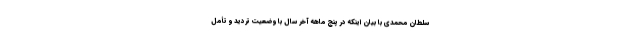
سلطان محمدی با بیان اینکه در پنج ماهه آخر سال با وضعیت تردید و تأمل